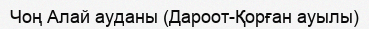
Чоң Алай ауданы (Дароот-Қорған ауылы)